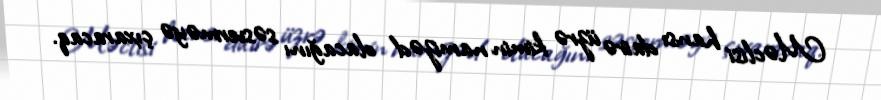
Məclisi hansı dairə üzrə kimin namizəd olacağını səsverməyə çıxaracaq.